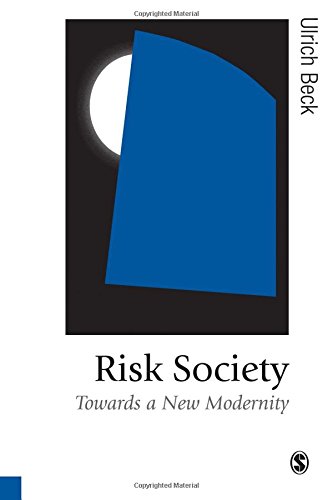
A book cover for Risk Society: Towards a New Modernity (Published in association with Theory, Culture & Society); Ulrich Beck; Medical Books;